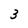
Character: 3